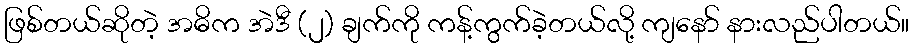
ဖြစ်တယ်ဆိုတဲ့ အဓိက အဲဒီ (၂) ချက်ကို ကန့်ကွက်ခဲ့တယ်လို့ ကျနော် နားလည်ပါတယ်။